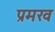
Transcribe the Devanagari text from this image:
प्रमख